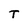
Character: T